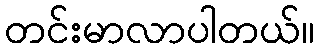
တင်းမာလာပါတယ်။